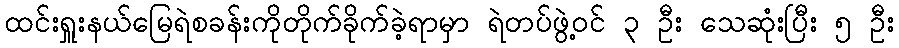
ထင်းရှူးနယ်မြေရဲစခန်းကိုတိုက်ခိုက်ခဲ့ရာမှာ ရဲတပ်ဖွဲ့ဝင် ၃ ဦး သေဆုံးပြီး ၅ ဦး